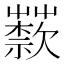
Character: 𦽣